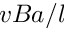
v B a / l